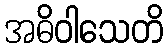
အဓိဝါသေတိ